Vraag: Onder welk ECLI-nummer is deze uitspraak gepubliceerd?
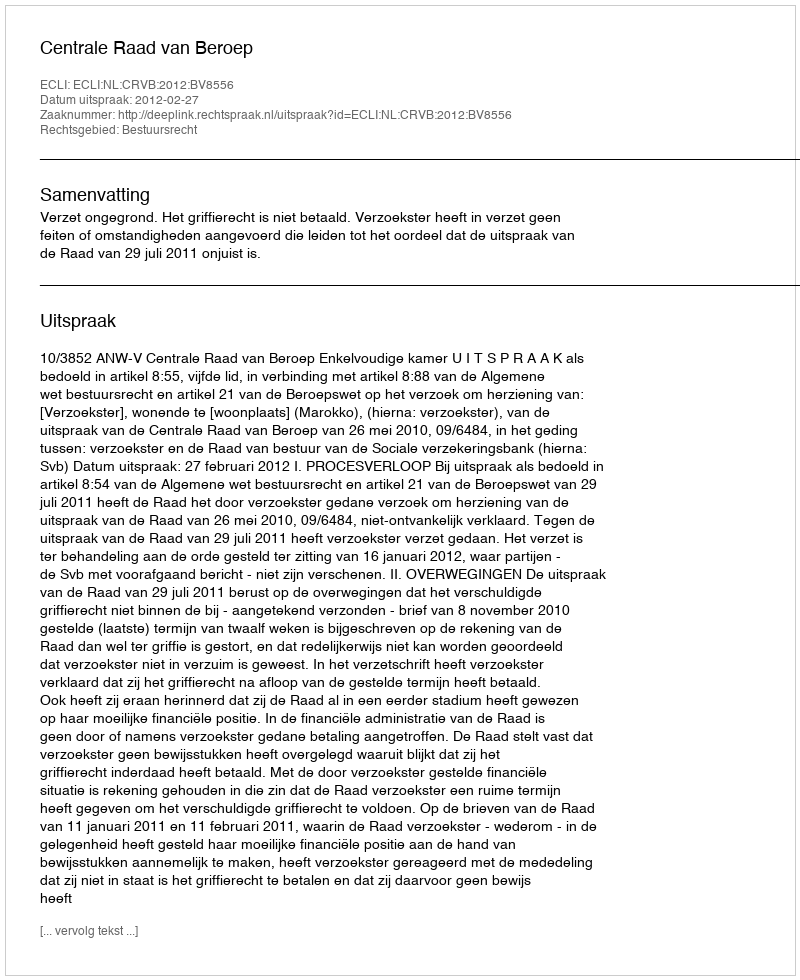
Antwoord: ECLI:NL:CRVB:2012:BV8556